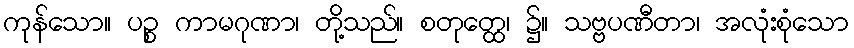
ကုန်သော။ ပဉ္စ ကာမဂုဏာ၊ တို့သည်။ စတုတ္ထေ၊ ၌။ သဗ္ဗပဏီတာ၊ အလုံးစုံသော